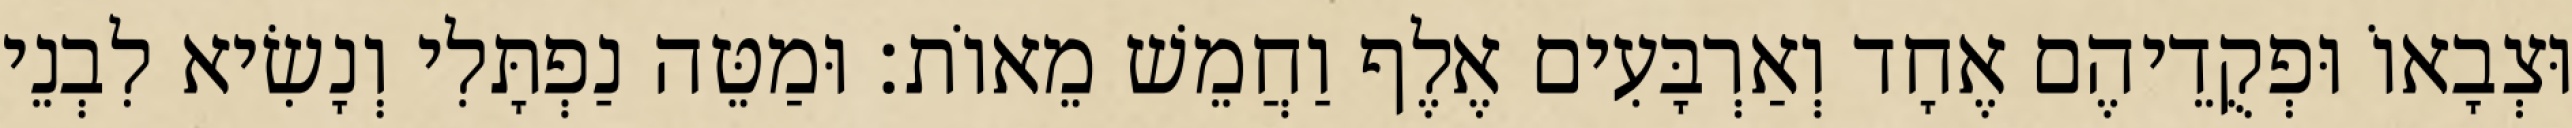
וּצְבָאוֹ וּפְקֻדֵיהֶם אֶחָד וְאַרְבָּעִים אֶלֶף וַחֲמֵשׁ מֵאוֹת׃ וּמַטֵּה נַפְתָּלִי וְנָשִׂיא לִבְנֵי